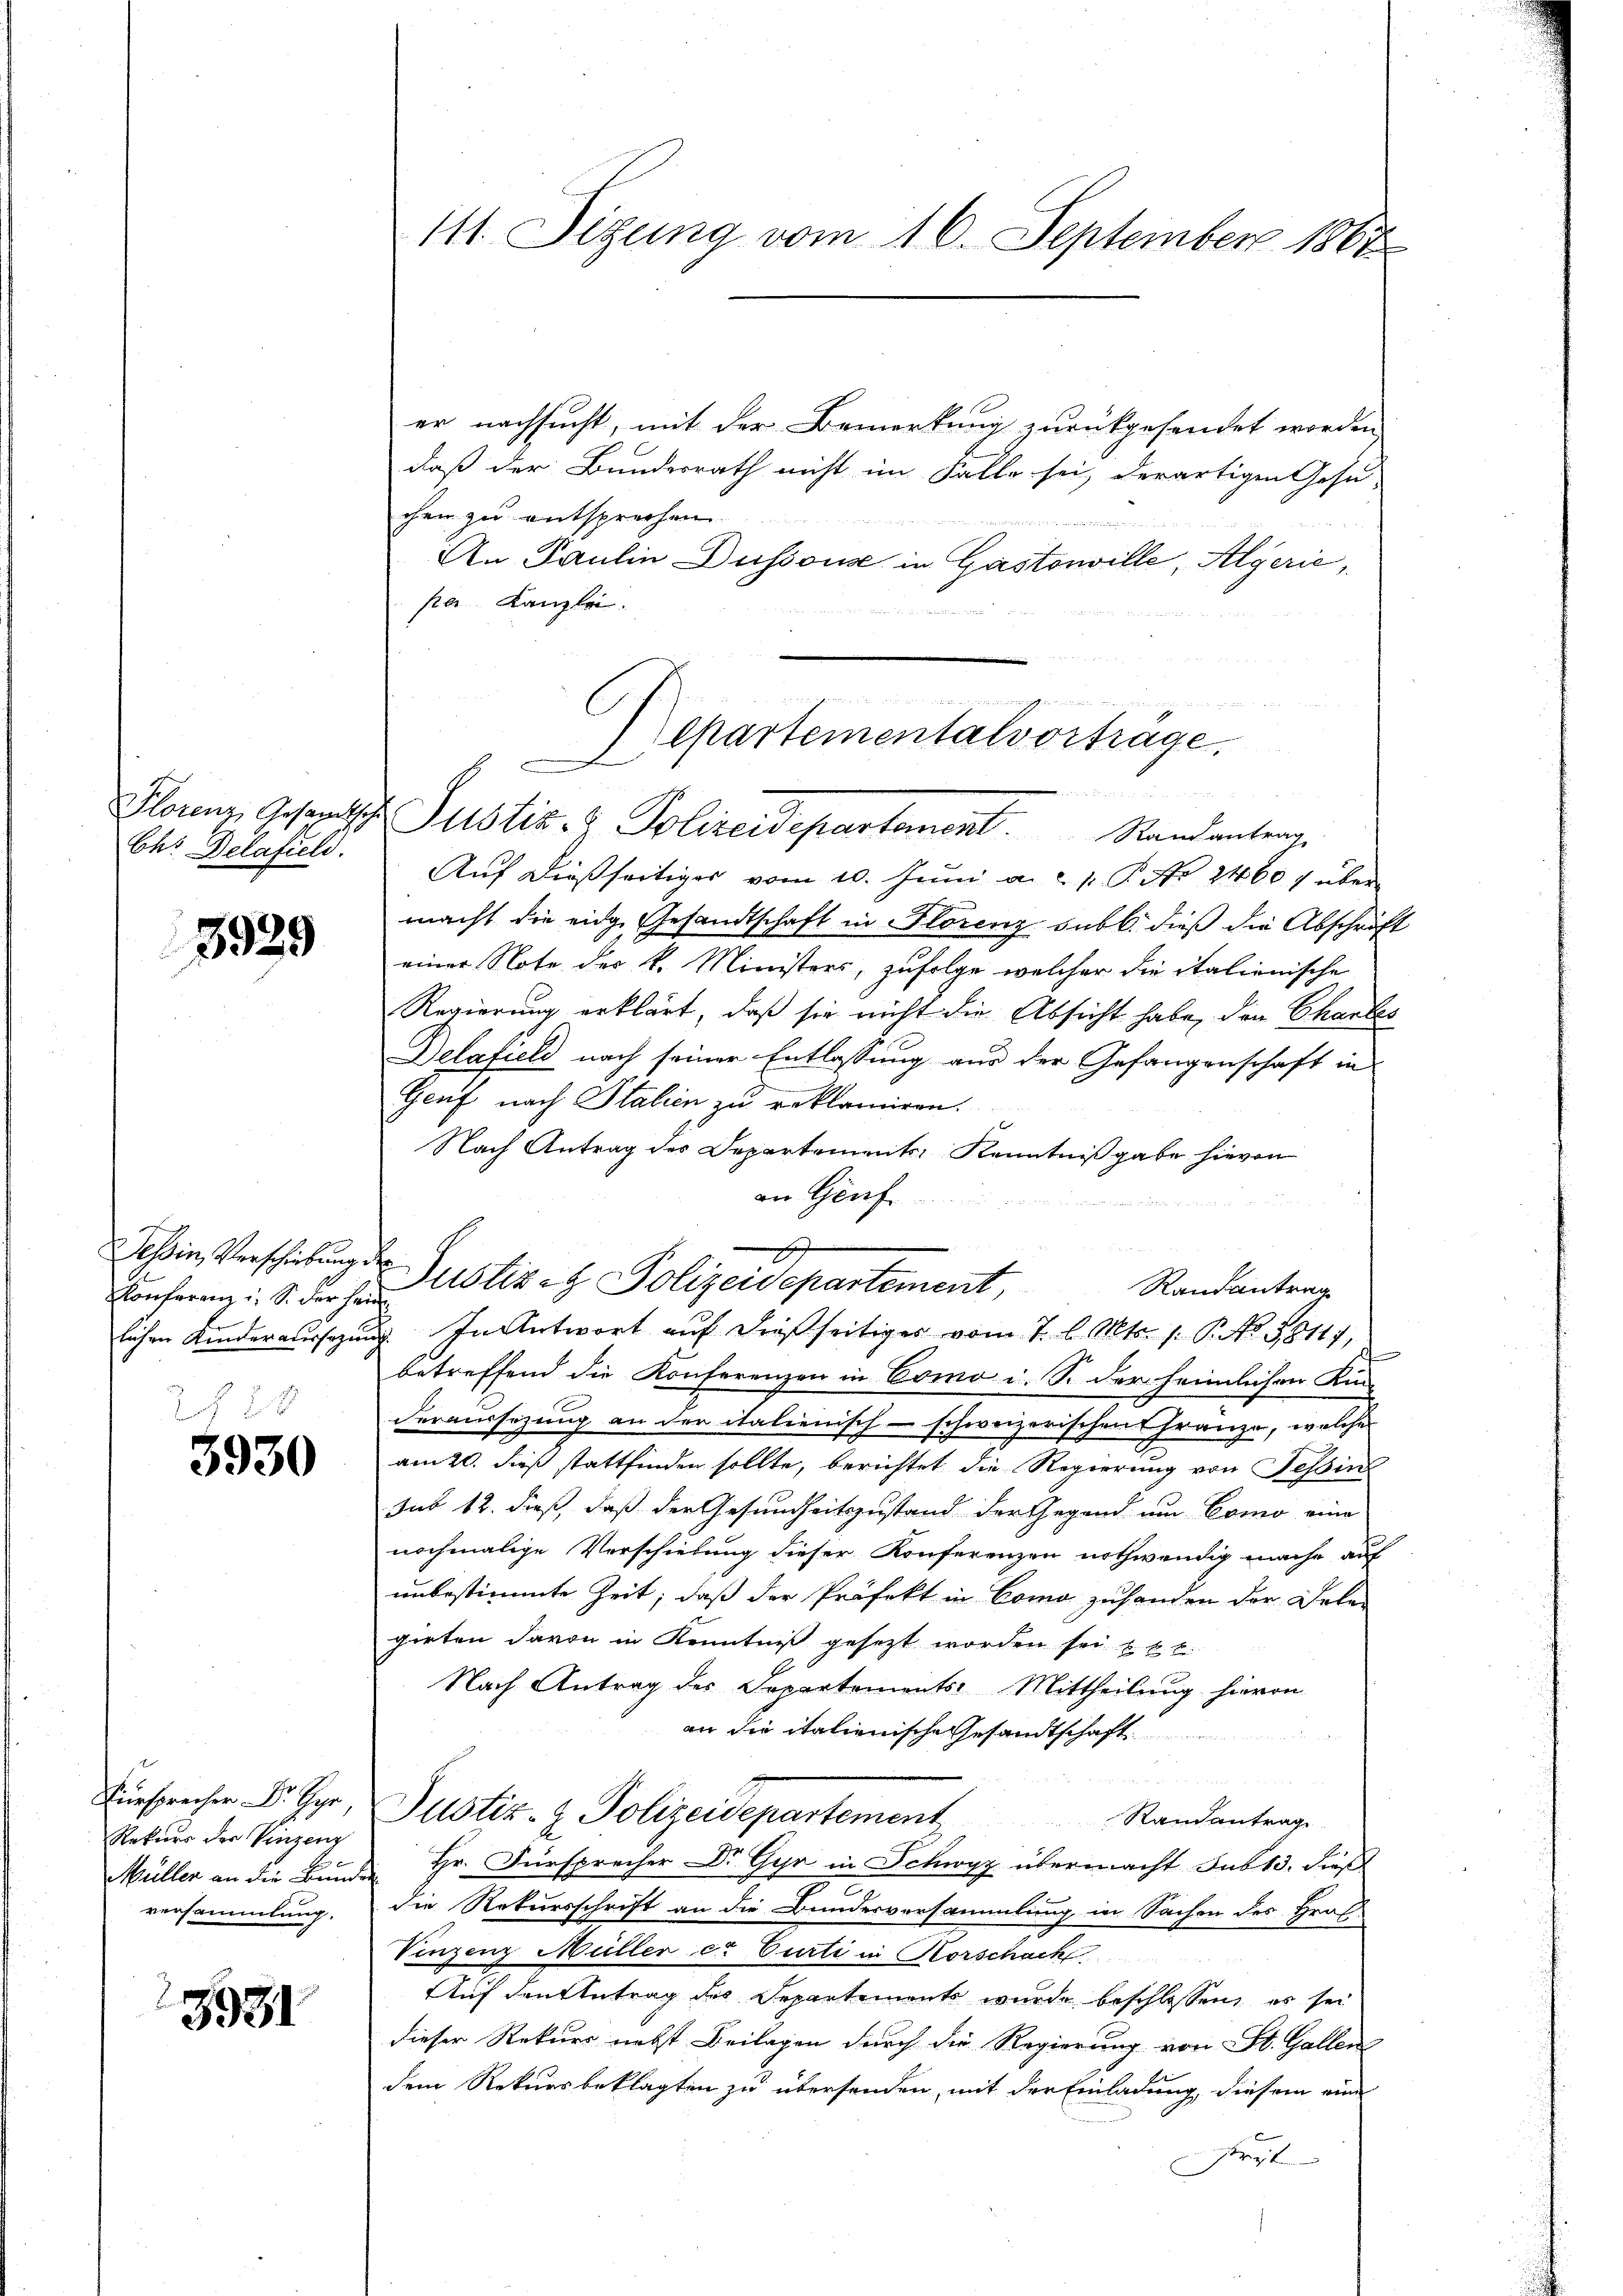
Ch. Delafield.

3929

Konferenz u. S. der Heim

3930

r
Rekurs der Vinzenz
versammlung.

3931

er nachsucht, mit der Bemerkung zurückgesendet worden
daß der Bundesrath nicht im Falle sei, derartigen Gesu-
chen zu entsprechen.
An Paulin Düssous in Gastonville, Algerie,
per. Kanzlei.
Florenz, Gesandtsch Justiz- & Polizeidepartement. Randantrage
Auf dießseitiges vom 10. Juni a. p. P. Nr. 2460 f über
macht die eidg. Gesandtschaft in Florenz sub b. dieß die Abschrift
einer Note des k. Ministers, zufolge welcher die italienische
Regierung erklärt, daß sie nicht die Absicht habe, den Chartes
Delafield nach seiner Entlassung aus der Gefangenschaft in
Genf nach Italien zu erklamiren.
Nach Antrag des Departements, Kenntnißgabe hievon
an Genf
s
Tessin, Verschiebungen Justiz & Polizeidepartement,
Randantrag
lichen Kinderaussagung. In Antwort auf dießseitiges vom 7. l. Mts. 1. P. No. 58117,
betreffend die Konferenzen in Como i. S. der heimlichen Kin-
deraussezung an der italienisch-schweizerischen Fränze, welches
am 20. dieß stattfinden sollte, berichtet die Regierung von Tessin
sub 12. dieß, daß der Gesundheitszustand der Gegend um Como eine
nochmalige Verschiebung dieser Konferenzen nothwendig mache auf
unbestimmte Zeit, daß der Präfekt in Como zuhanden der Dolen
girten davon in Kenntniß gesezt worden sei u. k. k.
Nach Antrag der Departements: Mittheilung hievon
an die italienische Gesandtschaft
u
Justiz- & Polizeidepartement
Randantrag
Müller an die Bunde Hr. Fürsprecher Dr. Gyr in Schwyz übermacht sub 13. dieß
2
die Rekursschrift an die Bundesversammlung in Sachen des Hrof-
Vinzenz Müller er Curti in Horschach
Auf den Antrag des Departements wurde beschlossen, es sei
dieser Rekurs nebst Beilagen durch die Regierung von St. Gallen
dem Rekursbeklagten zu übersenden, mit der Einladung, diesem eine
sorgt

14. Sizung vom 16. September 1862

u die der Bunden

epartementalvortrage,
e
n